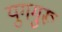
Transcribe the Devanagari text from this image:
युगगुरू